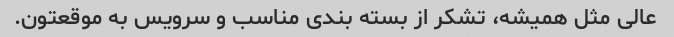
عالی مثل همیشه، تشکر از بسته بندی مناسب و سرویس به موقعتون.